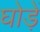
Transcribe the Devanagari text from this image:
घोड़ें